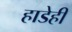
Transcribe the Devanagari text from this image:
हाडेही